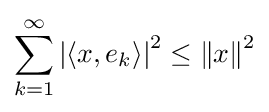
\sum _{k=1}^{\infty }\left\vert \left\langle x,e_{k}\right\rangle \right\vert ^{2}\leq \left\Vert x\right\Vert ^{2}